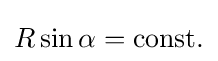
R\sin \alpha ={\text{const.}}